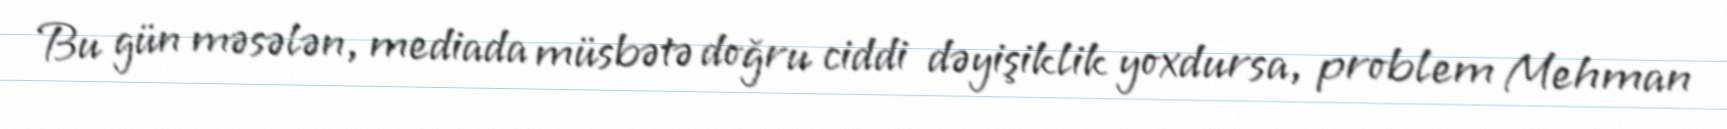
Bu gün məsələn, mediada müsbətə doğru ciddi dəyişiklik yoxdursa, problem Mehman